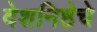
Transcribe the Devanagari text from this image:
देशनिष्ठेचे